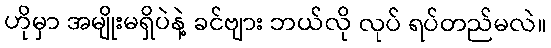
ဟိုမှာ အမျိုးမရှိပဲနဲ့ ခင်ဗျား ဘယ်လို လုပ် ရပ်တည်မလဲ။